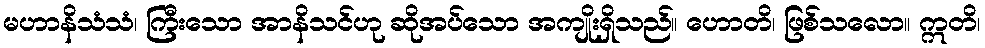
မဟာနိသံသံ၊ ကြီးသော အာနိသင်ဟု ဆိုအပ်သော အကျိုးရှိသည်။ ဟောတိ၊ ဖြစ်သလော။ ဣတိ၊